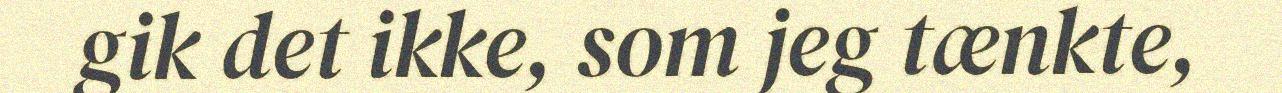
gik det ikke, som jeg tænkte,